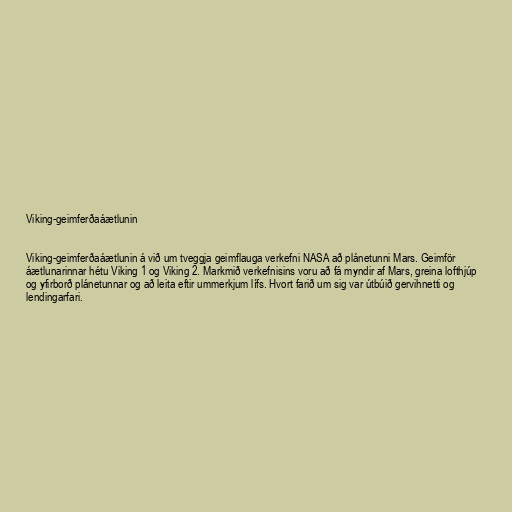
Viking-geimferðaáætlunin

Viking-geimferðaáætlunin á við um tveggja geimflauga verkefni NASA að plánetunni Mars. Geimför
áætlunarinnar hétu Viking 1 og Viking 2. Markmið verkefnisins voru að fá myndir af Mars, greina lofthjúp
og yfirborð plánetunnar og að leita eftir ummerkjum lífs. Hvort farið um sig var útbúið gervihnetti og
lendingarfari.